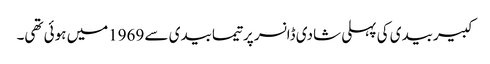
کبیربیدی کی پہلی شادی ڈانسر پرتیمابیدی سے 1969میں ہوئی تھی۔